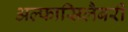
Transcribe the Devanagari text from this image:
अल्फासिलैबरी